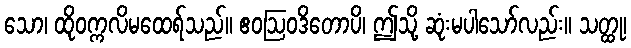
သော၊ ထိုဝက္ကလိမထေရ်သည်။ ဧဝဩဝဒိတောပိ၊ ဤသို့ ဆုံးမပါသော်လည်း။ သတ္ထု၊